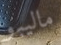
ماليبو